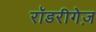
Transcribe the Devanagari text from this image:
रॉडरीगेज़